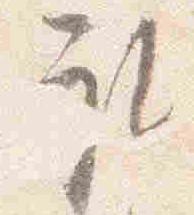
取